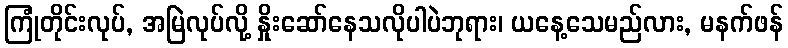
ကြုံတိုင်းလုပ်, အမြဲလုပ်လို့ နှိုးဆော်နေသလိုပါပဲဘုရား၊ ယနေ့သေမည်လား, မနက်ဖန်